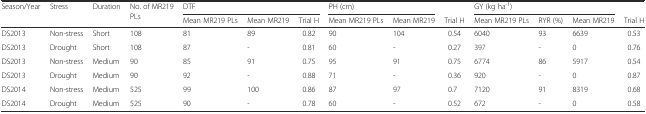
| <ROWSPAN=2> Season/Year | <ROWSPAN=2> Stress | <ROWSPAN=2> Duration | <ROWSPAN=2> No. of MR219 PLs | <COLSPAN=3> DTF | <COLSPAN=2> PH (cm) |  | <COLSPAN=3> GY (kg ha-1) |  |
 | Mean MR219 PLs | Mean MR219 | Trial H | Mean MR219 PLs | Mean MR219 | Trial H | Mean MR219 PLs | RYR (%) | Mean MR219 | Trial H |
 | --- | --- | --- | --- | --- | --- | --- | --- | --- | --- | --- | --- | --- | --- |
 | DS2013 | Non-stress | Short | 108 | 81 | 89 | 0.82 | 90 | 104 | 0.54 | 6040 | 93 | 6639 | 0.53 |
 | DS2013 | Drought | Short | 108 | 87 | - | 0.81 | 60 | - | 0.27 | 397 | - | 0 | 0.76 |
 | DS2013 | Non-stress | Medium | 90 | 85 | 91 | 0.75 | 95 | 91 | 0.75 | 6774 | 86 | 5917 | 0.54 |
 | DS2013 | Drought | Medium | 90 | 92 | - | 0.88 | 71 | - | 0.36 | 920 | - | 0 | 0.87 |
 | DS2014 | Non-stress | Medium | 525 | 99 | 100 | 0.86 | 87 | 97 | 0.7 | 7120 | 91 | 8319 | 0.68 |
 | DS2014 | Drought | Medium | 525 | 90 | - | 0.78 | 60 | - | 0.52 | 672 | - | 0 | 0.58 |